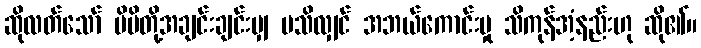
ဆိုလတ်သော် မိမိတို့အချင်းချင်းမျှ မသိလျှင် အဘယ်ကောင်းမှု သိကုန်အံ့နည်းဟု ဆို၏။